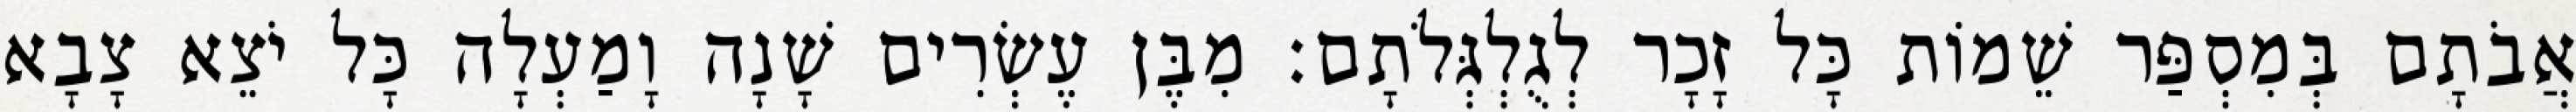
אֲבֹתָם בְּמִסְפַּר שֵׁמוֹת כָּל זָכָר לְגֻלְגְּלֹתָם׃ מִבֶּן עֶשְׂרִים שָׁנָה וָמַעְלָה כָּל יֹצֵא צָבָא